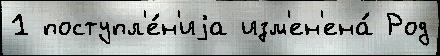
1 поступл'е́н'иjа изм'ен'ена́ Род